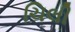
ચિલી